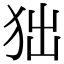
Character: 𤝒